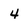
Character: 4